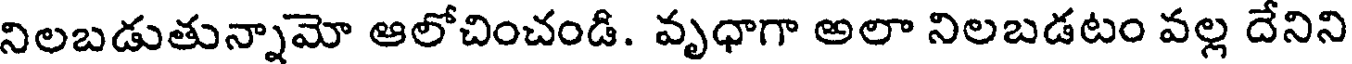
నిలబడుతున్నామో ఆలోచించండి. వృధాగా అలా నిలబడటం వల్ల దేనిని